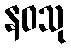
နဝသု